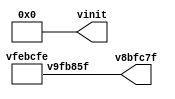
// Code generated by Icestudio 0.9.2w202204260904

`default_nettype none

//---- Top entity
module main (
 output v8bfc7f,
 output [0:6] vinit
);
 wire w0;
 assign v8bfc7f = w0;
 vfebcfe vb9eb2f (
  .v9fb85f(w0)
 );
 assign vinit = 7'b0000000;
endmodule

//---- Top entity
module vfebcfe (
 output v9fb85f
);
 wire w0;
 assign v9fb85f = w0;
 vfebcfe_vb2eccd vb2eccd (
  .q(w0)
 );
endmodule

//---------------------------------------------------
//-- bit-1
//-- - - - - - - - - - - - - - - - - - - - - - - - --
//-- Constant bit 1
//---------------------------------------------------

module vfebcfe_vb2eccd (
 output q
);
 //-- Constant bit-1
 assign q = 1'b1;
 
 
endmodule